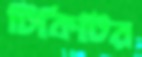
টিকিটির